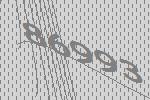
86993